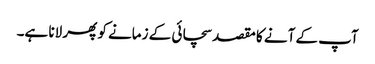
آپ کے آنے کا مقصد سچائی کے زمانے کو پھر لانا ہے۔